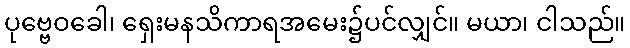
ပုဗ္ဗေဝခေါ၊ ရှေးမနသိကာရအမေး၌ပင်လျှင်။ မယာ၊ ငါသည်။